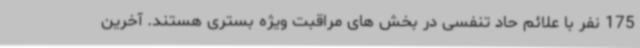
175 نفر با علائم حاد تنفسی در بخش های مراقبت ویژه بستری هستند. آخرین